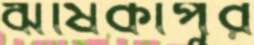
ঋষিকাপুর